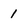
Character: 1